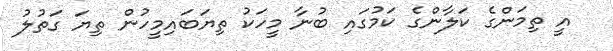
އީ ތިމަންގެ ކަލާންގެ ކަމުގައި ބުނާ މީހަކު ތިޔަބައިމީހުން ތިޔަ ގަތުލު